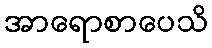
အာရောစာပေသိ